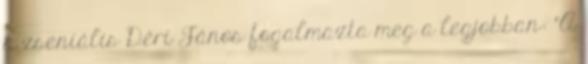
a zseniális Déri János fogalmazta meg a legjobban: "A